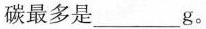
碳最多是___g。